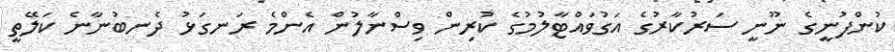
ކުންފުނީގެ ނޫނީ ސަރުކާރުގެ އަގުވައްޓާލުމުގެ ކުރިން ވިސްނާލުން އެންމެ ރަނގަޅު ދެނބުނާނެ ކަލޭތީ